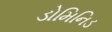
ડોમિનિડ